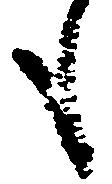
も